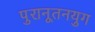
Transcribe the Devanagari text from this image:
पुरानूतनयुग